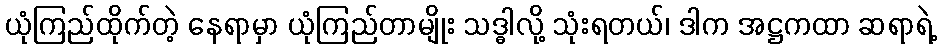
ယုံကြည်ထိုက်တဲ့ နေရာမှာ ယုံကြည်တာမျိုး သဒ္ဓါလို့ သုံးရတယ်၊ ဒါက အဋ္ဌကထာ ဆရာရဲ့